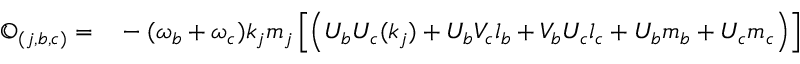
\begin{array} { r l } { \mathfrak { O } _ { ( j , b , c ) } = } & { { } - { ( \omega _ { b } + \omega _ { c } ) k _ { j } m _ { j } } \left[ \left( U _ { b } { U } _ { c } ( k _ { j } ) + U _ { b } { V } _ { c } l _ { b } + V _ { b } { U } _ { c } l _ { c } + U _ { b } m _ { b } + { U } _ { c } m _ { c } \right) \right] } \end{array}